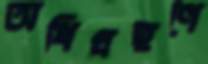
অধিগ্রহণে